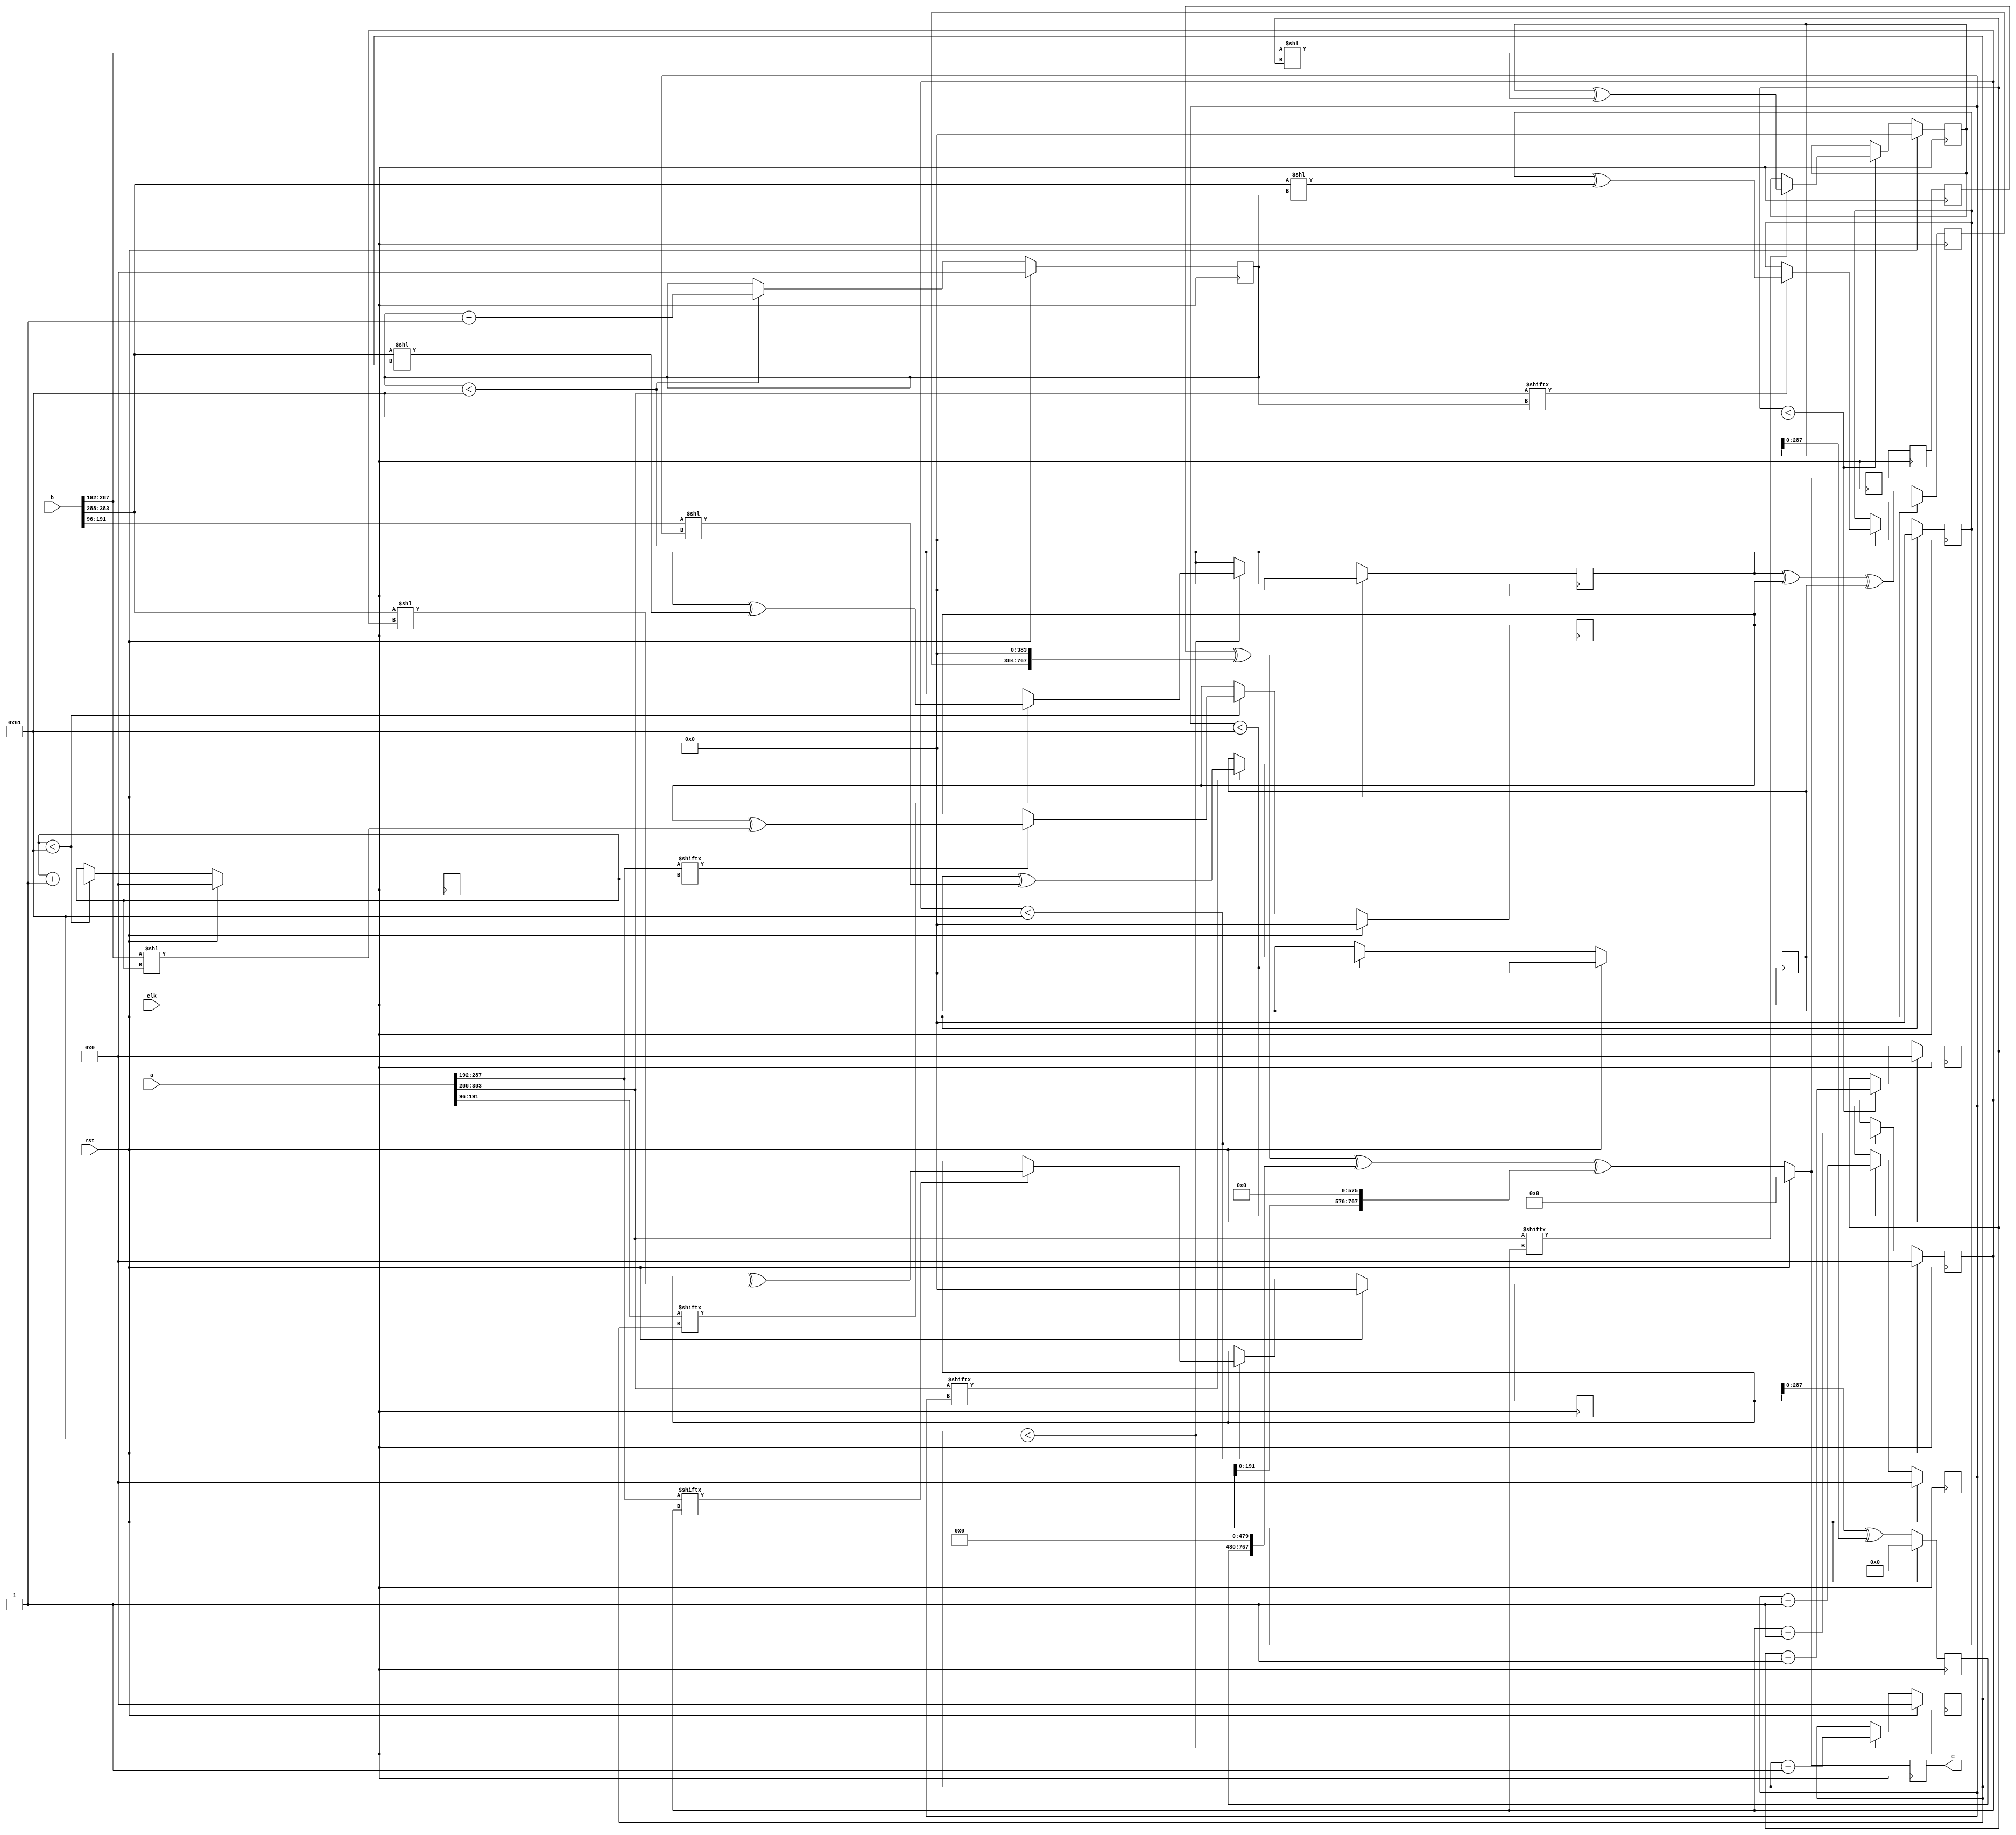
// TalTech large integer multiplier library
// Multiplier type: four_way_toom_cook
// Parameters: 384 384 3
// Target tool: genus
module four_way_toom_cook(clk, rst, a, b, c);
input clk;
input rst;
input [383:0] a;
input [383:0] b;
output reg [767:0] c;

// Pipeline register declaration 
reg [767:0] c_temp_2;
reg [767:0] c_temp_1;

// Wires declaration 
wire  [95:0] a0;
wire  [95:0] a1;
wire  [95:0] a2;
wire  [95:0] a3;
wire  [95:0] b0;
wire  [95:0] b1;
wire  [95:0] b2;
wire  [95:0] b3;

// Registers declaration 
reg  [95:0] counter_d;
reg  [95:0] counter_e1;
reg  [95:0] counter_e2;
reg  [95:0] counter_f1;
reg  [95:0] counter_f2;
reg  [95:0] counter_f3;
reg  [95:0] counter_g1;
reg  [95:0] counter_g2;
reg  [95:0] counter_g3;
reg  [95:0] counter_g4;
reg  [95:0] counter_h1;
reg  [95:0] counter_h2;
reg  [95:0] counter_h3;
reg  [95:0] counter_i1;
reg  [95:0] counter_i2;
reg  [95:0] counter_j;
reg  [383:0] d;
reg  [383:0] e1_mul;
reg  [383:0] e2_mul;
reg  [383:0] e;
reg  [383:0] f1_mul;
reg  [383:0] f2_mul;
reg  [383:0] f3_mul;
reg  [383:0] f;
reg  [383:0] g1_mul;
reg  [383:0] g2_mul;
reg  [383:0] g3_mul;
reg  [383:0] g4_mul;
reg  [383:0] g;
reg  [383:0] h1_mul;
reg  [383:0] h2_mul;
reg  [383:0] h3_mul;
reg  [383:0] h;
reg  [383:0] i1_mul;
reg  [383:0] i2_mul;
reg  [383:0] i;
reg  [383:0] j;
reg  [767:0] temp;

// Initial assignments to wires
assign a0 = a[95:0];
assign a1 = a[191:96];
assign a2 = a[287:192];
assign a3 = a[383:288];
assign b0 = b[95:0];
assign b1 = b[191:96];
assign b2 = b[287:192];
assign b3 = b[383:288];

// Step-1 of 4-Way TCM Multiplier
always @(posedge clk) begin
		if (rst) begin			counter_d <= 96'd0;
			d <= 384'd0;
		end
		else if (counter_d < 97) begin
			if (a3[counter_d] == 1'b1) begin
				d <= d ^ (b3 << counter_d);
				counter_d <= counter_d + 1;
			end
			counter_d <= counter_d + 1;
		end
end

// Step-2 (Part-1) of 4-Way TCM Multiplier
always @(posedge clk) begin
		if (rst) begin
			counter_e1 <= 96'd0;
			e1_mul <= 384'd0;
		end
		else if (counter_e1 < 97) begin
			if (a2[counter_e1] == 1'b1) begin
				e1_mul <= e1_mul ^ (b3 << counter_e1);
				counter_e1 <= counter_e1 + 1;
			end
			counter_e1 <= counter_e1 + 1;
		end
end

// Step-2 (Part-2) of 4-Way TCM Multiplier
always @(posedge clk) begin
		if (rst) begin
			counter_e2 <= 96'd0;
			e2_mul <= 384'd0;
		end
		else if (counter_e2 < 97) begin
			if (a3[counter_e1] == 1'b1) begin
				e2_mul <= e2_mul ^ (b2 << counter_e2);
				counter_e2 <= counter_e2 + 1;
			end
			counter_e2 <= counter_e2 + 1;
		end
end

// Step-2 (Part-3) of 4-Way TCM Multiplier
always @(posedge clk) begin
		if (rst) begin
			e <= 384'd0;
		end
		else begin
			e <= e1_mul ^ e2_mul;
		end
end

// Step-3 (Part-1) of 4-Way TCM Multiplier
always @(posedge clk) begin
		if (rst) begin
			counter_f1 <= 96'd0;
			f1_mul <= 384'd0;
		end
		else if (counter_f1 < 97) begin
			if (a1[counter_f1] == 1'b1) begin
				f1_mul <= f1_mul ^ (b3 << counter_f1);
				counter_f1 <= counter_f1 + 1;
			end
			counter_f1 <= counter_f1 + 1;
		end
end

// Step-3 (Part-2) of 4-Way TCM Multiplier
always @(posedge clk) begin
		if (rst) begin
			counter_f2 <= 96'd0;
			f2_mul <= 384'd0;
		end
		else if (counter_f2 < 97) begin
			if (a2[counter_f2] == 1'b1) begin
				f2_mul <= f2_mul ^ (b2 << counter_f2);
				counter_f2 <= counter_f2 + 1;
			end
			counter_f2 <= counter_f2 + 1;
		end
end

// Step-3 (Part-3) of 4-Way TCM Multiplier
always @(posedge clk) begin
		if (rst) begin
			counter_f3 <= 96'd0;
			f3_mul <= 384'd0;
		end
		else if (counter_f3 < 97) begin
			if (a3[counter_f3] == 1'b1) begin
				f3_mul <= f3_mul ^ (b1 << counter_f3);
				counter_f3 <= counter_f3 + 1;
			end
			counter_f3 <= counter_f3 + 1;
		end
end

// Step-3 (Part-4) of 4-Way TCM Multiplier
always @(posedge clk) begin
		if (rst) begin
			f <= 384'd0;
		end
		else begin
			f <= f1_mul ^ f2_mul ^ f3_mul;
		end
end

// Step-4 (Part-1) of 4-Way TCM Multiplier
always @(posedge clk) begin
		if (rst) begin
			counter_g1 <= 96'd0;
			g1_mul <= 384'd0;
		end
		else if (counter_g1 < 97) begin
			if (a0[counter_g1] == 1'b1) begin
				g1_mul <= g1_mul ^ (b3 << counter_g1);
				counter_g1 <= counter_g1 + 1;
			end
			counter_g1 <= counter_g1 + 1;
		end
end

// Step-4 (Part-2) of 4-Way TCM Multiplier
always @(posedge clk) begin
		if (rst) begin
			counter_g2 <= 96'd0;
			g2_mul <= 384'd0;
		end
		else if (counter_g2 < 97) begin
			if (a1[counter_g2] == 1'b1) begin
				g2_mul <= g2_mul ^ (b2 << counter_g2);
				counter_g2 <= counter_g2 + 1;
			end
			counter_g2 <= counter_g2 + 1;
		end
end

// Step-4 (Part-3) of 4-Way TCM Multiplier
always @(posedge clk) begin
		if (rst) begin
			counter_g3 <= 96'd0;
			g3_mul <= 384'd0;
		end
		else if (counter_g3 < 97) begin
			if (a2[counter_g3] == 1'b1) begin
				g3_mul <= g3_mul ^ (b1 << counter_g3);
				counter_g3 <= counter_g3 + 1;
			end
			counter_g3 <= counter_g3 + 1;
		end
end

// Step-4 (Part-4) of 4-Way TCM Multiplier
always @(posedge clk) begin
		if (rst) begin
			counter_g4 <= 96'd0;
			g4_mul <= 384'd0;
		end
		else if (counter_g4 < 97) begin
			if (a3[counter_g4] == 1'b1) begin
				g4_mul <= g4_mul ^ (b0 << counter_g4);
				counter_g4 <= counter_g4 + 1;
			end
			counter_g4 <= counter_g4 + 1;
		end
end

// Step-4 (Part-5) of 4-Way TCM Multiplier
always @(posedge clk) begin
		if (rst) begin
			g <= 384'd0;
		end
		else begin
			g <= g1_mul ^ g2_mul ^ g3_mul ^ g4_mul;
		end
end

// Step-5 (Part-1) of 4-Way TCM Multiplier
always @(posedge clk) begin
		if (rst) begin
			counter_h1 <= 96'd0;
			h1_mul <= 384'd0;
		end
		else if (counter_h1 < 97) begin
			if (a0[counter_h1] == 1'b1) begin
				h1_mul <= h1_mul ^ (b2 << counter_h1);
				counter_h1 <= counter_h1 + 1;
			end
			counter_h1 <= counter_h1 + 1;
		end
end

// Step-5 (Part-2) of 4-Way TCM Multiplier
always @(posedge clk) begin
		if (rst) begin
			counter_h2 <= 96'd0;
			h2_mul <= 384'd0;
		end
		else if (counter_h2 < 97) begin
			if (a1[counter_h2] == 1'b1) begin
				h2_mul <= h2_mul ^ (b1 << counter_h2);
				counter_h2 <= counter_h2 + 1;
			end
			counter_h2 <= counter_h2 + 1;
		end
end

// Step-5 (Part-3) of 4-Way TCM Multiplier
always @(posedge clk) begin
		if (rst) begin
			counter_h3 <= 96'd0;
			h3_mul <= 384'd0;
		end
		else if (counter_h3 < 97) begin
			if (a2[counter_h3] == 1'b1) begin
				h3_mul <= h3_mul ^ (b0 << counter_h3);
				counter_h3 <= counter_h3 + 1;
			end
			counter_h3 <= counter_h3 + 1;
		end
end

// Step-5 (Part-4) of 4-Way TCM Multiplier
always @(posedge clk) begin
		if (rst) begin
			h <= 384'd0;
		end
		else begin
			h <= h1_mul ^ h2_mul ^ h3_mul;
		end
end

// Step-6 (Part-1) of 4-Way TCM Multiplier
always @(posedge clk) begin
		if (rst) begin
			counter_i1 <= 96'd0;
			i1_mul <= 384'd0;
		end
		else if (counter_i1 < 97) begin
			if (a0[counter_i1] == 1'b1) begin
				i1_mul <= i2_mul ^ (b1 << counter_i1);
				counter_i1 <= counter_i1 + 1;
			end
			counter_i1 <= counter_i1 + 1;
		end
end

// Step-6 (Part-2) of 4-Way TCM Multiplier
always @(posedge clk) begin
		if (rst) begin
			counter_i2 <= 96'd0;
			i2_mul <= 384'd0;
		end
		else if (counter_i2 < 97) begin
			if (a1[counter_i2] == 1'b1) begin
				i2_mul <= i2_mul ^ (b0 << counter_i2);
				counter_i2 <= counter_i2 + 1;
			end
			counter_i2 <= counter_i2 + 1;
		end
end

// Step-6 (Part-3) of 4-Way TCM Multiplier
always @(posedge clk) begin
		if (rst) begin
			i <= 384'd0;
		end
		else begin
			i <= i1_mul ^ i2_mul;
		end
end

// Step-7 of 4-Way TCM Multiplier
always @(posedge clk) begin
		if (rst) begin
			counter_j = 96'd0;
			j = 384'd0;
		end
		else if (counter_j < 97) begin
			if (a0[counter_j] == 1'b1) begin
				j = j ^ (b0 << counter_j);
				counter_j = counter_j + 1;
			end
			counter_j = counter_j + 1;
		end
end

// Step-8 of 4-Way TCM Multiplier
always @(posedge clk) begin
		if (rst) begin
			temp = 768'd0;
			c = 768'd0;
		end
		else begin
			temp = j;
			temp = temp ^ (i << 96);
			temp = temp ^ (h << 192);
			temp = temp ^ (g << 288);
			temp = c_temp_2 ^ (f << 384);
			temp = temp ^ (e << 480);
			temp = temp ^ (d << 576);
			c = temp;
		end
end

// pipeline stages
always @(posedge clk) begin
	c_temp_1 <= temp;
	c_temp_2 <= c_temp_1;
end
endmodule